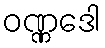
ဝဏ္ဏဒေါ